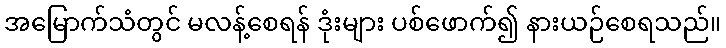
အမြောက်သံတွင် မလန့်စေရန် ဒုံးများ ပစ်ဖောက်၍ နားယဉ်စေရသည်။